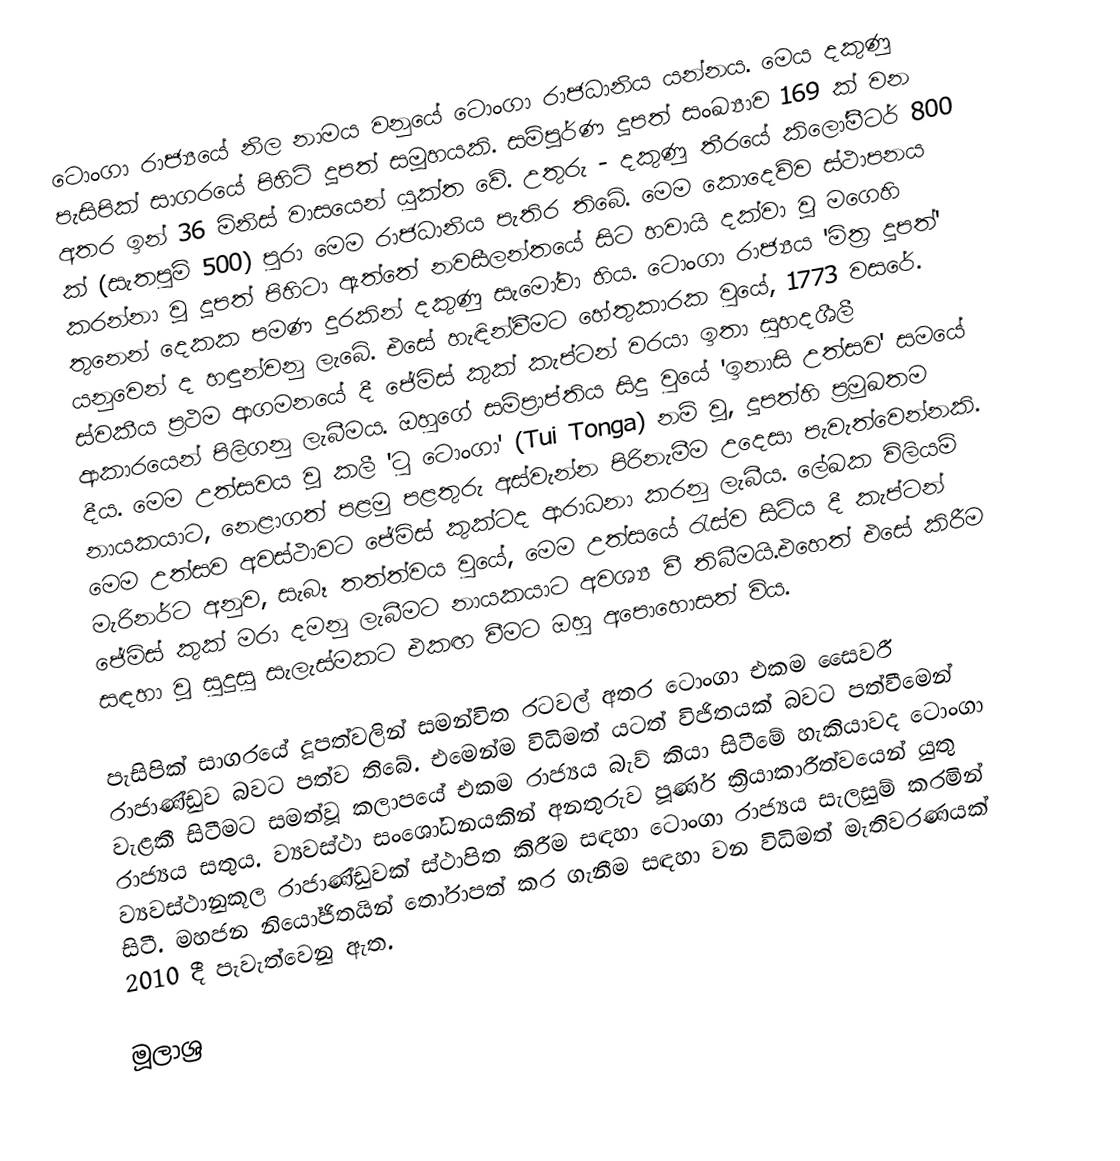
ටොංගා රාජ්‍යයේ නිල නාමය වනුයේ ටොංගා රාජධානිය යන්නය. මෙය දකුණු පැසිපික් සාගරයේ පිහිටි දූපත් සමූහයකි. සම්පූර්ණ දූපත් සංඛ්‍යාව 169 ක් වන අතර ඉන් 36 මිනිස් වාසයෙන් යුක්ත ‍වේ. උතුරු - දකුණු තීරයේ කිලෝමීටර් 800 ක් (සැතපුම් 500) පුරා  මෙම රාජධානිය පැතිර තිබේ. මෙම කොදෙව්ව ස්ථාපනය කරන්නා වූ දූපත් පිහිටා ඇත්තේ නවසීලන්තයේ සිට හවායි දක්වා වූ මගෙහි තුනෙන් දෙකක පමණ දුරකින් දකුණු සැමෝවා හිය. ටොංගා රාජ්‍යය 'මිත්‍ර දූපත්' යනුවෙන් ද හඳුන්වනු ලැබේ.  එසේ හැඳින්වීමට  හේතුකාරක වුයේ, 1773 වසරේ. ස්වකීය ප්‍රථම ආගමනයේ දී ජේමිස් කුක් කැප්ටන් වරයා ඉතා සුහදශීලී ආකාරයෙන් පිලිගනු ලැබීමය. ඔහුගේ සම්ප්‍රාප්තිය සිදු වුයේ 'ඉනාසි උත්සව' සමයේ දීය. මෙම උත්සවය වූ කලී 'ටු ටොංගා' (Tui Tonga) නම් වූ, දූපත්හි ප්‍රමුඛතම නායකයාට, නෙළාගත් පළමු පළතුරු අස්වැන්න පිරිනැමීම උදෙසා පැවැත්වෙන්නකි. මෙම උත්සව අවස්ථාවට ජේමිස් කුක්ටද ආරාධනා කරනු ලැබීය. ලේඛක විලියම් මැරිනර්ට අනුව, සැබෑ තත්ත්වය වුයේ, මෙම උත්සයේ රැස්ව සිටිය දී කැප්ටන් ජේමිස් කුක් මරා දමනු ලැබීමට නායකයාට අවශ්‍ය වී තිබීමයි.එහෙත් එසේ කිරීම සඳහා වූ සුදුසු සැලැස්මකට එකඟ වීමට ඔහු අපොහොසත් විය.

පැසිපික් සාගරයේ දූපත්වලින් සමන්විත රටවල් අතර ටොංගා එකම සෛවරී රාජාණ්ඩුව බවට පත්ව තිබේ. එමෙන්ම විධිමත් යටත් විජිතයක් බවට පත්වීමෙන් වැළකී සිටීමට සමත්වූ කලාපයේ එකම රාජ්‍යය බැව් කියා සිටීමේ හැකියාවද ටොංගා රාජ්‍යය සතුය. ව්‍යවස්ථා සංශෝධනයකින් අනතුරුව පූර්ණ ක්‍රියාකාරීත්වයෙන් යුතු  ව්‍යවස්ථානුකූල රාජාණ්ඩුවක් ස්ථාපිත කිරීම සඳහා ටොංගා රාජ්‍යය සැලසුම් කරමින් සිටී. මහජන නියෝජිතයින් තෝරාපත් කර ගැනීම සඳහා වන විධිමත් මැතිවරණයක් 2010 දී පැවැත්වෙනු ඇත.

මූලාශ්‍ර